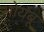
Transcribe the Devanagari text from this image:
सोयंबू